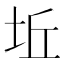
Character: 坵